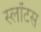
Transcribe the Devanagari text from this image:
स्लॉटस